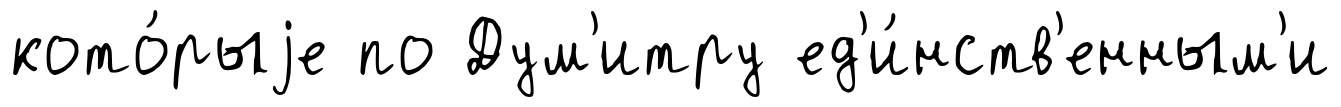
кото́рыjе по Дум'итру ед'и́нств'енным'и